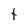
Character: t